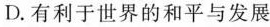
D.有利于世界的和平与发展